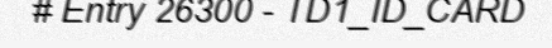
# Entry 26300 - TD1_ID_CARD